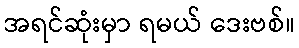
အရင်ဆုံးမှာ ရမယ် ဒေးဗစ်။